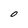
Character: O